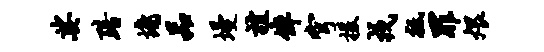
娑黯墉品墁谊倬穹援戎祗罪煨